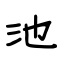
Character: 池